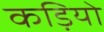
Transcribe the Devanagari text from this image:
कड़ियो